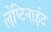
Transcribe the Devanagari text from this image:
लेप्टिनाईट